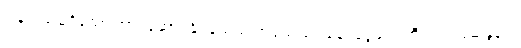
ပြန်လမ်းမရှိသော အာဂုံဆောင်နိုင်ခဲ့သည် အသေးစားချေးငွေများ ဘီးလင်းမဲဆန္ဒနယ်